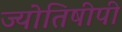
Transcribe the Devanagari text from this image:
ज्योतिषीपी